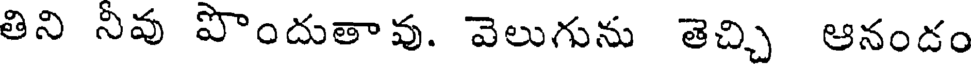
తిని నీవు పొందుతావు. వెలుగును తెచ్చి ఆనండం